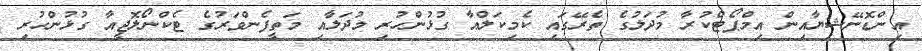
އިންޑޮނޭޝިޔާއިން އިމްޕޯޓްކުރާ މުދަލުގެ ތެރޭގައި ކެމިކަލްއާ ގުޅުންހުރި މުދަލާއި މަތީފެންވަރުގެ ޓެކްނޯލޮޖީއާ ގުޅުންހުރި